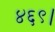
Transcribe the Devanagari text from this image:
४६९।